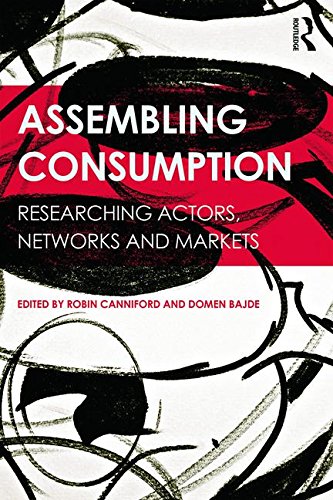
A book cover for Assembling Consumption: Researching actors, networks and markets; Business & Money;